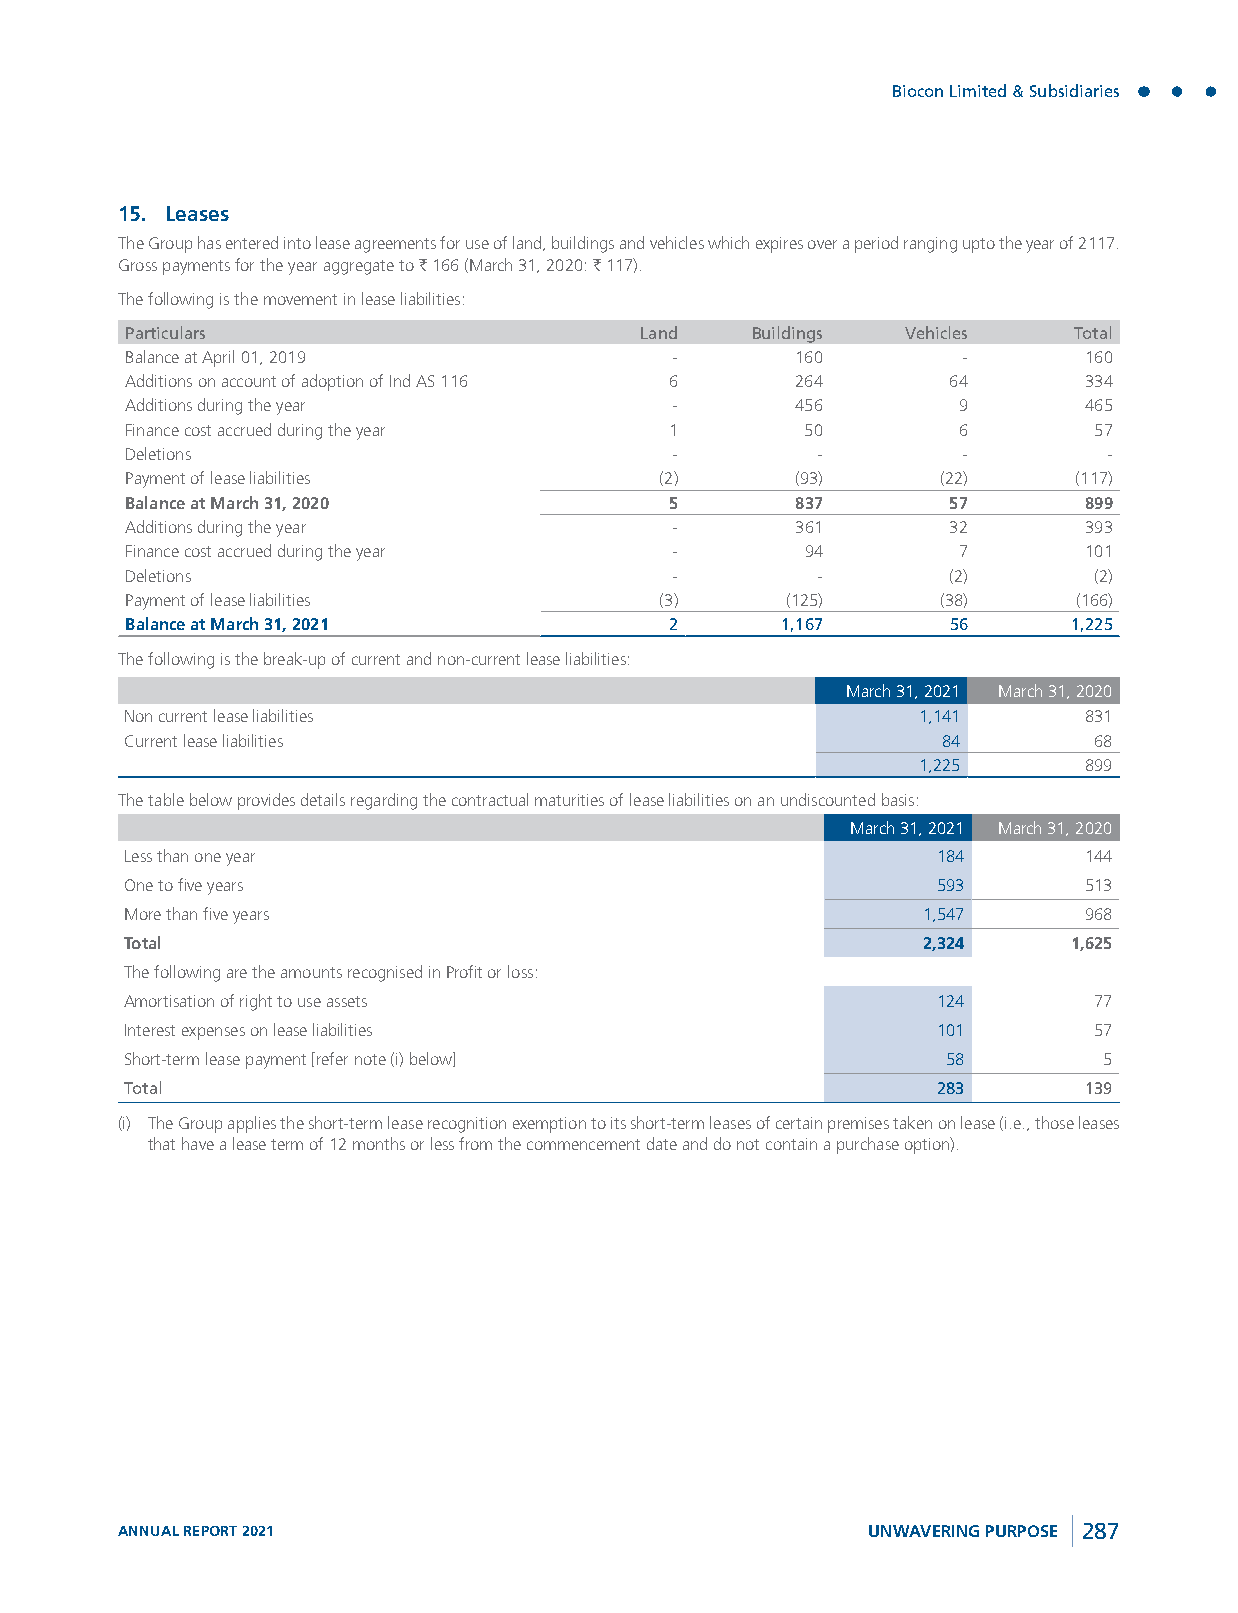
Biocon Limited & Subsidiaries
 15. Leases
 The Group has entered into lease agreements for use of land, buildings and vehicles which expires over a period ranging upto the year of 2117.
 Gross payments for the year aggregate to ` 166 (March 31, 2020: ` 117).
 The following is the movement in lease liabilities:
 Particulars                       Land    Buildings Vehicles   Total
 Balance at April 01, 2019            -       160        -       160
 Additions on account of adoption of Ind AS 116 6 264   64       334
 Additions during the year            -       456       9        465
 Finance cost accrued during the year 1       50        6        57
 Deletions                            -        -         -        -
 Payment of lease liabilities        (2)      (93)     (22)     (117)
 Balance at March 31, 2020           5        837       57       899
 Additions during the year            -       361       32       393
 Finance cost accrued during the year -       94        7        101
 Deletions                            -        -        (2)      (2)
 Payment of lease liabilities        (3)     (125)     (38)     (166)
 Balance at March 31, 2021           2       1,167      56      1,225
 The following is the break-up of current and non-current lease liabilities:
 March 31, 2021 March 31, 2020
 Non current lease liabilities                        1,141      831
 Current lease liabilities                             84        68
 1,225      899
 The table below provides details regarding the contractual maturities of lease liabilities on an undiscounted basis:
 March 31, 2021 March 31, 2020
 Less than one year                                    184       144
 One to five years                                     593       513
 More than five years                                 1,547      968
 Total                                                2,324     1,625
 The following are the amounts recognised in Profit or loss:
 Amortisation of right to use assets                   124       77
 Interest expenses on lease liabilities                101       57
 Short-term lease payment [refer note (i) below]        58        5
 Total                                                 283       139
 (i) The Group applies the short-term lease recognition exemption to its short-term leases of certain premises taken on lease (i.e., those leases
 that have a lease term of 12 months or less from the commencement date and do not contain a purchase option).
 ANNUAL REPORT 2021                               UNWAVERING PURPOSE 287